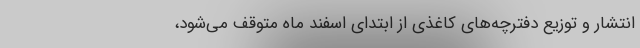
انتشار و توزیع دفترچه‌های کاغذی از ابتدای اسفند ماه متوقف می‌شود،